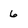
Character: 6